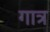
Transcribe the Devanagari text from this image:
गात्र